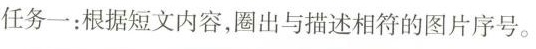
任务一：根据短文内容，圈出与描述相符的图片序号。